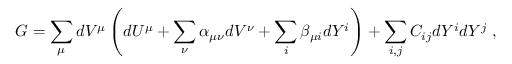
G = \sum _ { \mu } d V ^ { \mu } \left( d U ^ { \mu } + \sum _ { \nu } \alpha _ { \mu \nu } d V ^ { \nu } + \sum _ { i } \beta _ { \mu i } d Y ^ { i } \right) + \sum _ { i , j } C _ { i j } d Y ^ { i } d Y ^ { j } ~ ,